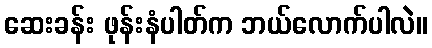
ဆေးခန်း ဖုန်းနံပါတ်က ဘယ်လောက်ပါလဲ။